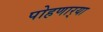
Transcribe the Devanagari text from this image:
पोहणार्‍या